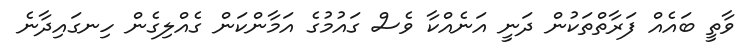
ވާތީ ބައެއް ފަރާތްތަކުން ދަނީ އަނެއްކާ ވެސް ގައުމުގެ އަމާންކަން ގެއްލިގެން ހިނގައިދާނެ